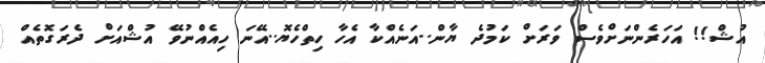
އުޝް!! އަހަރެންނަށްވެސް ވަރަށް ކަމުދެ ޔާން..އަނެއްކާ އެހާ ހިތްހެޔޮ..އޭނަ ހިއެއްނުވޭ އުޝްއަށް ދެރަގޮތެއް